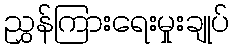
ညွှန်ကြားရေးမှုးချုပ်